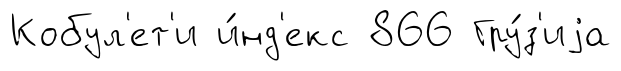
Кобул'ет'и и́нд'екс 866 Гру́з'иjа